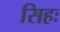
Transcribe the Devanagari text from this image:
सिहः